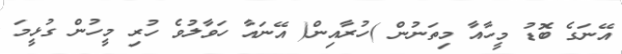
އޭނަގެ ބޮޑު މީހާއާ މިތަނުން )ހުރާއިން( އޭނައާ ހަވާލުވެ ހުރި މީހުން ގުޅީމަ